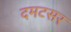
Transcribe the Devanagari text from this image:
दमटसर